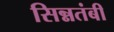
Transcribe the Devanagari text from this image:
सिन्नतंबी